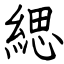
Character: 緦